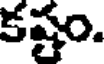
కష్టం.